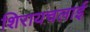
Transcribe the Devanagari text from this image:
शिरायचलाई